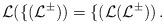
LaTeX: \begin{align*}\cal L(f(L^\Sigma)) = f(\cal L(L^\Sigma)) \, .\end{align*}